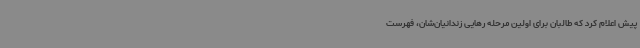
پیش اعلام کرد که طالبان برای اولین مرحله رهایی زندانیان‌شان، فهرست